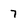
Character: 7